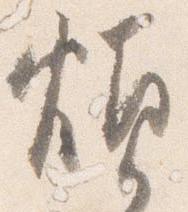
煩